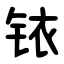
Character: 铱